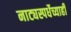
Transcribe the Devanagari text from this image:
नाट्यस्पर्धेच्याही